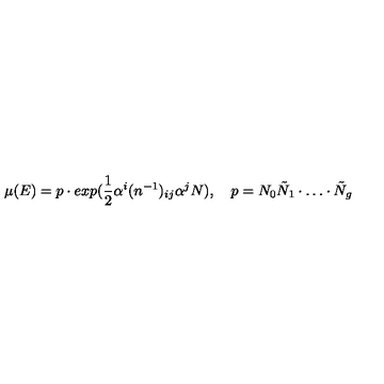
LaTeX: \mu ( E ) = p \cdot e x p ( \frac { 1 } { 2 } \alpha ^ { i } ( n ^ { - 1 } ) _ { i j } \alpha ^ { j } N ) , \quad p = N _ { 0 } \tilde { N } _ { 1 } \cdot \dots \cdot \tilde { N } _ { g }